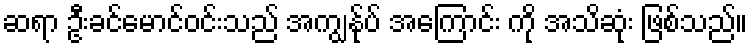
ဆရာ ဦးခင်မောင်ဝင်းသည် အကျွန်ုပ် အကြောင်း ကို အသိဆုံး ဖြစ်သည်။